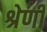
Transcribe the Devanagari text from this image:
श्रेणीं